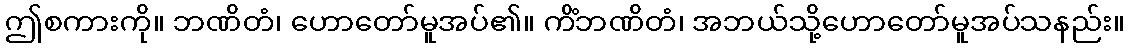
ဤစကားကို။ ဘဏိတံ၊ ဟောတော်မူအပ်၏။ ကိံဘဏိတံ၊ အဘယ်သို့ဟောတော်မူအပ်သနည်း။